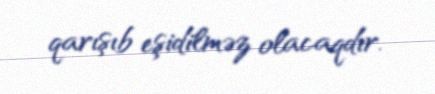
qarışıb eşidilməz olacaqdır.